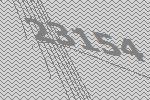
23154